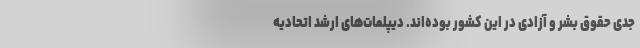
جدی حقوق بشر و آزادی در این کشور بوده‌اند. دیپلمات‌های ارشد اتحادیه